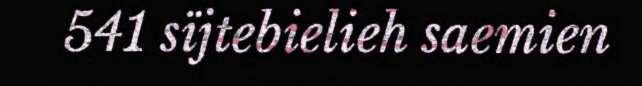
541 sïjtebielieh saemien